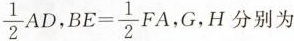
\frac { 1 } { 2 }AD BE= \frac{ 1 } { 2 }FA G，H分别为